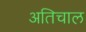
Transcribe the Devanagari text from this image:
अतिचाल